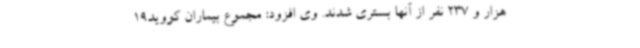
هزار و 237 نفر از آنها بستری شدند. وی افزود: مجموع بیماران کووید19